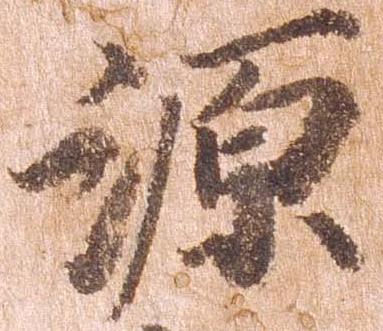
源